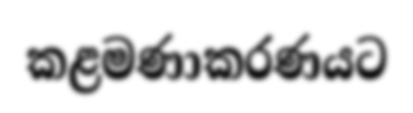
කළමණාකරණයට